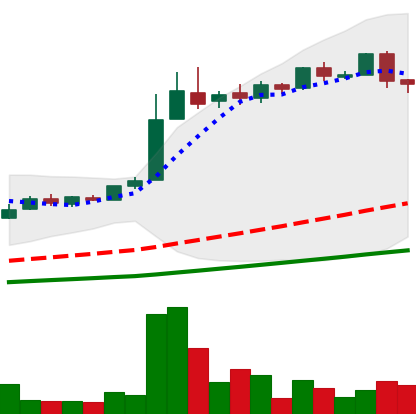
Ticker: LTC-USD
Chart end date: 2016-06-08
Forward return: 11.418%
Label: up_7plus